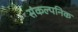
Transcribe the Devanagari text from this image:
संकल्पनिक